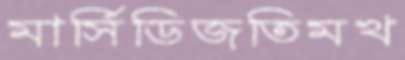
মার্সিডিজতিমখ